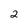
Character: 2